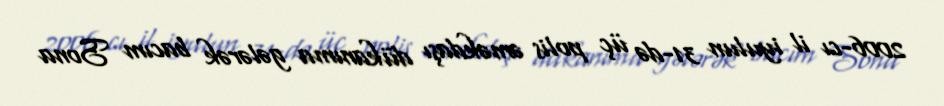
2006-cı il iyulun 31-də üç polis əməkdaşı dükanıma gələrək bacım Sona